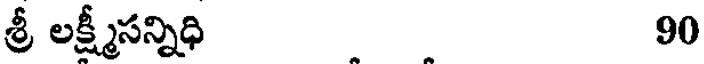
శ్రీ లక్ష్మీసన్నిధి 90